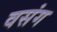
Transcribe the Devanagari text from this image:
वसंग